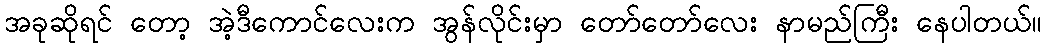
အခုဆိုရင် တော့ အဲ့ဒီကောင်လေးက အွန်လိုင်းမှာ တော်တော်လေး နာမည်ကြီး နေပါတယ်။